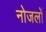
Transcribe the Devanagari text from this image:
नोजलों